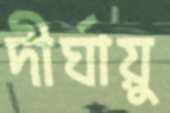
দীর্ঘায়ু